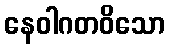
နေဝါဂတဝိသော